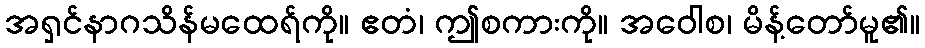
အရှင်နာဂသိန်မထေရ်ကို။ ဧတံ၊ ဤစကားကို။ အဝေါစ၊ မိန့်တော်မူ၏။